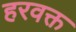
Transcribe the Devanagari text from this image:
हरवक्त